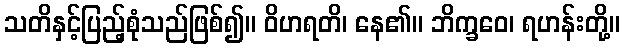
သတိနှင့်ပြည့်စုံသည်ဖြစ်၍။ ဝိဟရတိ၊ နေ၏။ ဘိက္ခဝေ၊ ရဟန်းတို့။